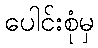
ပေါင်းစုံမှ